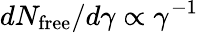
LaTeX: dN_{\mathrm{free}}/d\gamma\propto\gamma^{-1}